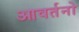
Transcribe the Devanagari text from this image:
आवर्तनो